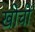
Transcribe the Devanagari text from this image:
खीचीं